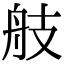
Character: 𦨟